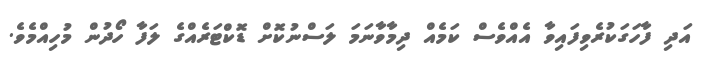
އަދި ފާހަގަކުރެވިފައިވާ އެއްވެސް ކަމެއް ދިމާވާނަމަ ލަސްނުކޮށް ޑޮކްޓަރެއްގެ ލަފާ ހޯދުން މުހިއްމެވެ.